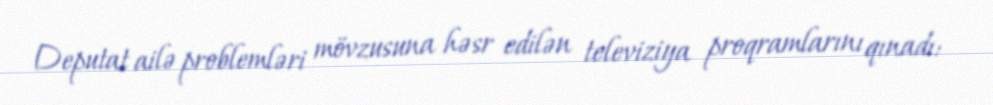
Deputat ailə problemləri mövzusuna həsr edilən televiziya proqramlarını qınadı: